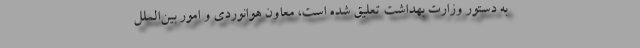
به دستور وزارت بهداشت تعلیق شده است، معاون هوانوردی و امور بین‌الملل